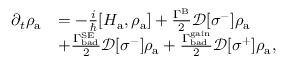
\begin{array} { r l } { \partial _ { t } \rho _ { \mathrm { a } } } & { = - \frac { i } { \hbar } [ H _ { \mathrm { a } } , \rho _ { \mathrm { a } } ] + \frac { \Gamma ^ { \mathrm { B } } } { 2 } \mathcal { D } [ \sigma ^ { - } ] \rho _ { \mathrm { a } } } \\ & { + \frac { \Gamma _ { \mathrm { b a d } } ^ { \mathrm { S E } } } { 2 } \mathcal { D } [ \sigma ^ { - } ] \rho _ { \mathrm { a } } + \frac { \Gamma _ { \mathrm { b a d } } ^ { \mathrm { g a i n } } } { 2 } \mathcal { D } [ \sigma ^ { + } ] \rho _ { \mathrm { a } } , } \end{array}